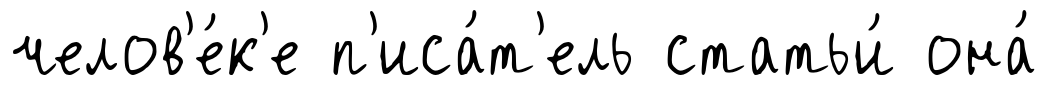
челов'е́к'е п'иса́т'ель статьи́ она́